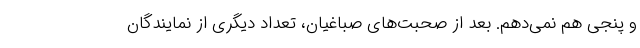
و پنجی هم نمی‌دهم. بعد از صحبت‌های صباغیان، تعداد دیگری از نمایندگان